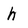
Character: h